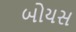
બોયસ